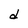
Character: d